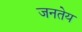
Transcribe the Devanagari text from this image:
जनतेय